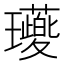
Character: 𭺖